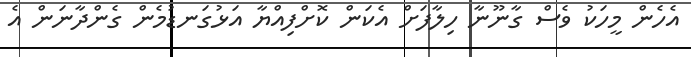
އެހެން މީހަކު ވެސް ގާނޫނާ ހިލާފަށް އެކަން ކޮށްފިއްޔާ އަޅުގަނޑުމެން ގެންދާނަން އެ